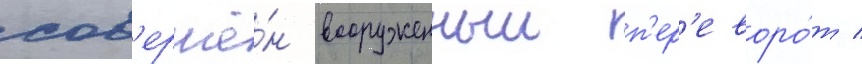
сов'ершё́н вооруженныи п'ер'еворо́т /